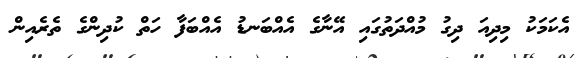
އެކަމަކު މިދިއަ ދިގު މުއްދަތުގައި އޭނާގެ އެއްބަނޑު އެއްބަފާ ހަތް ކުދިންގެ ތެރެއިން